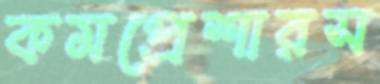
কমপ্রেশারস